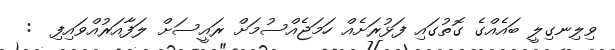
ވިލިނގިލީ ބައެއްގެ ގޮތުގައި ފަޅުރަށެއް ހަމަޖެއްސުމަށް ރައީސަށް ލަފާއަރުއްވައިފި  :